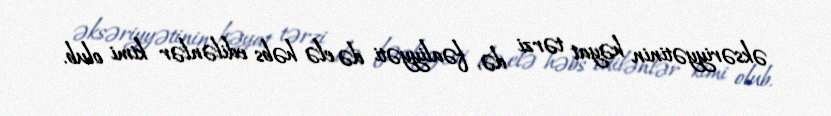
əksəriyyətinin həyat tərzi də, fəaliyyəti də elə həbs edilənlər kimi olub.